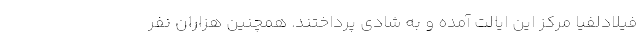
فیلادلفیا مرکز این ایالت آمده و به شادی پرداختند. همچنین هزاران نفر